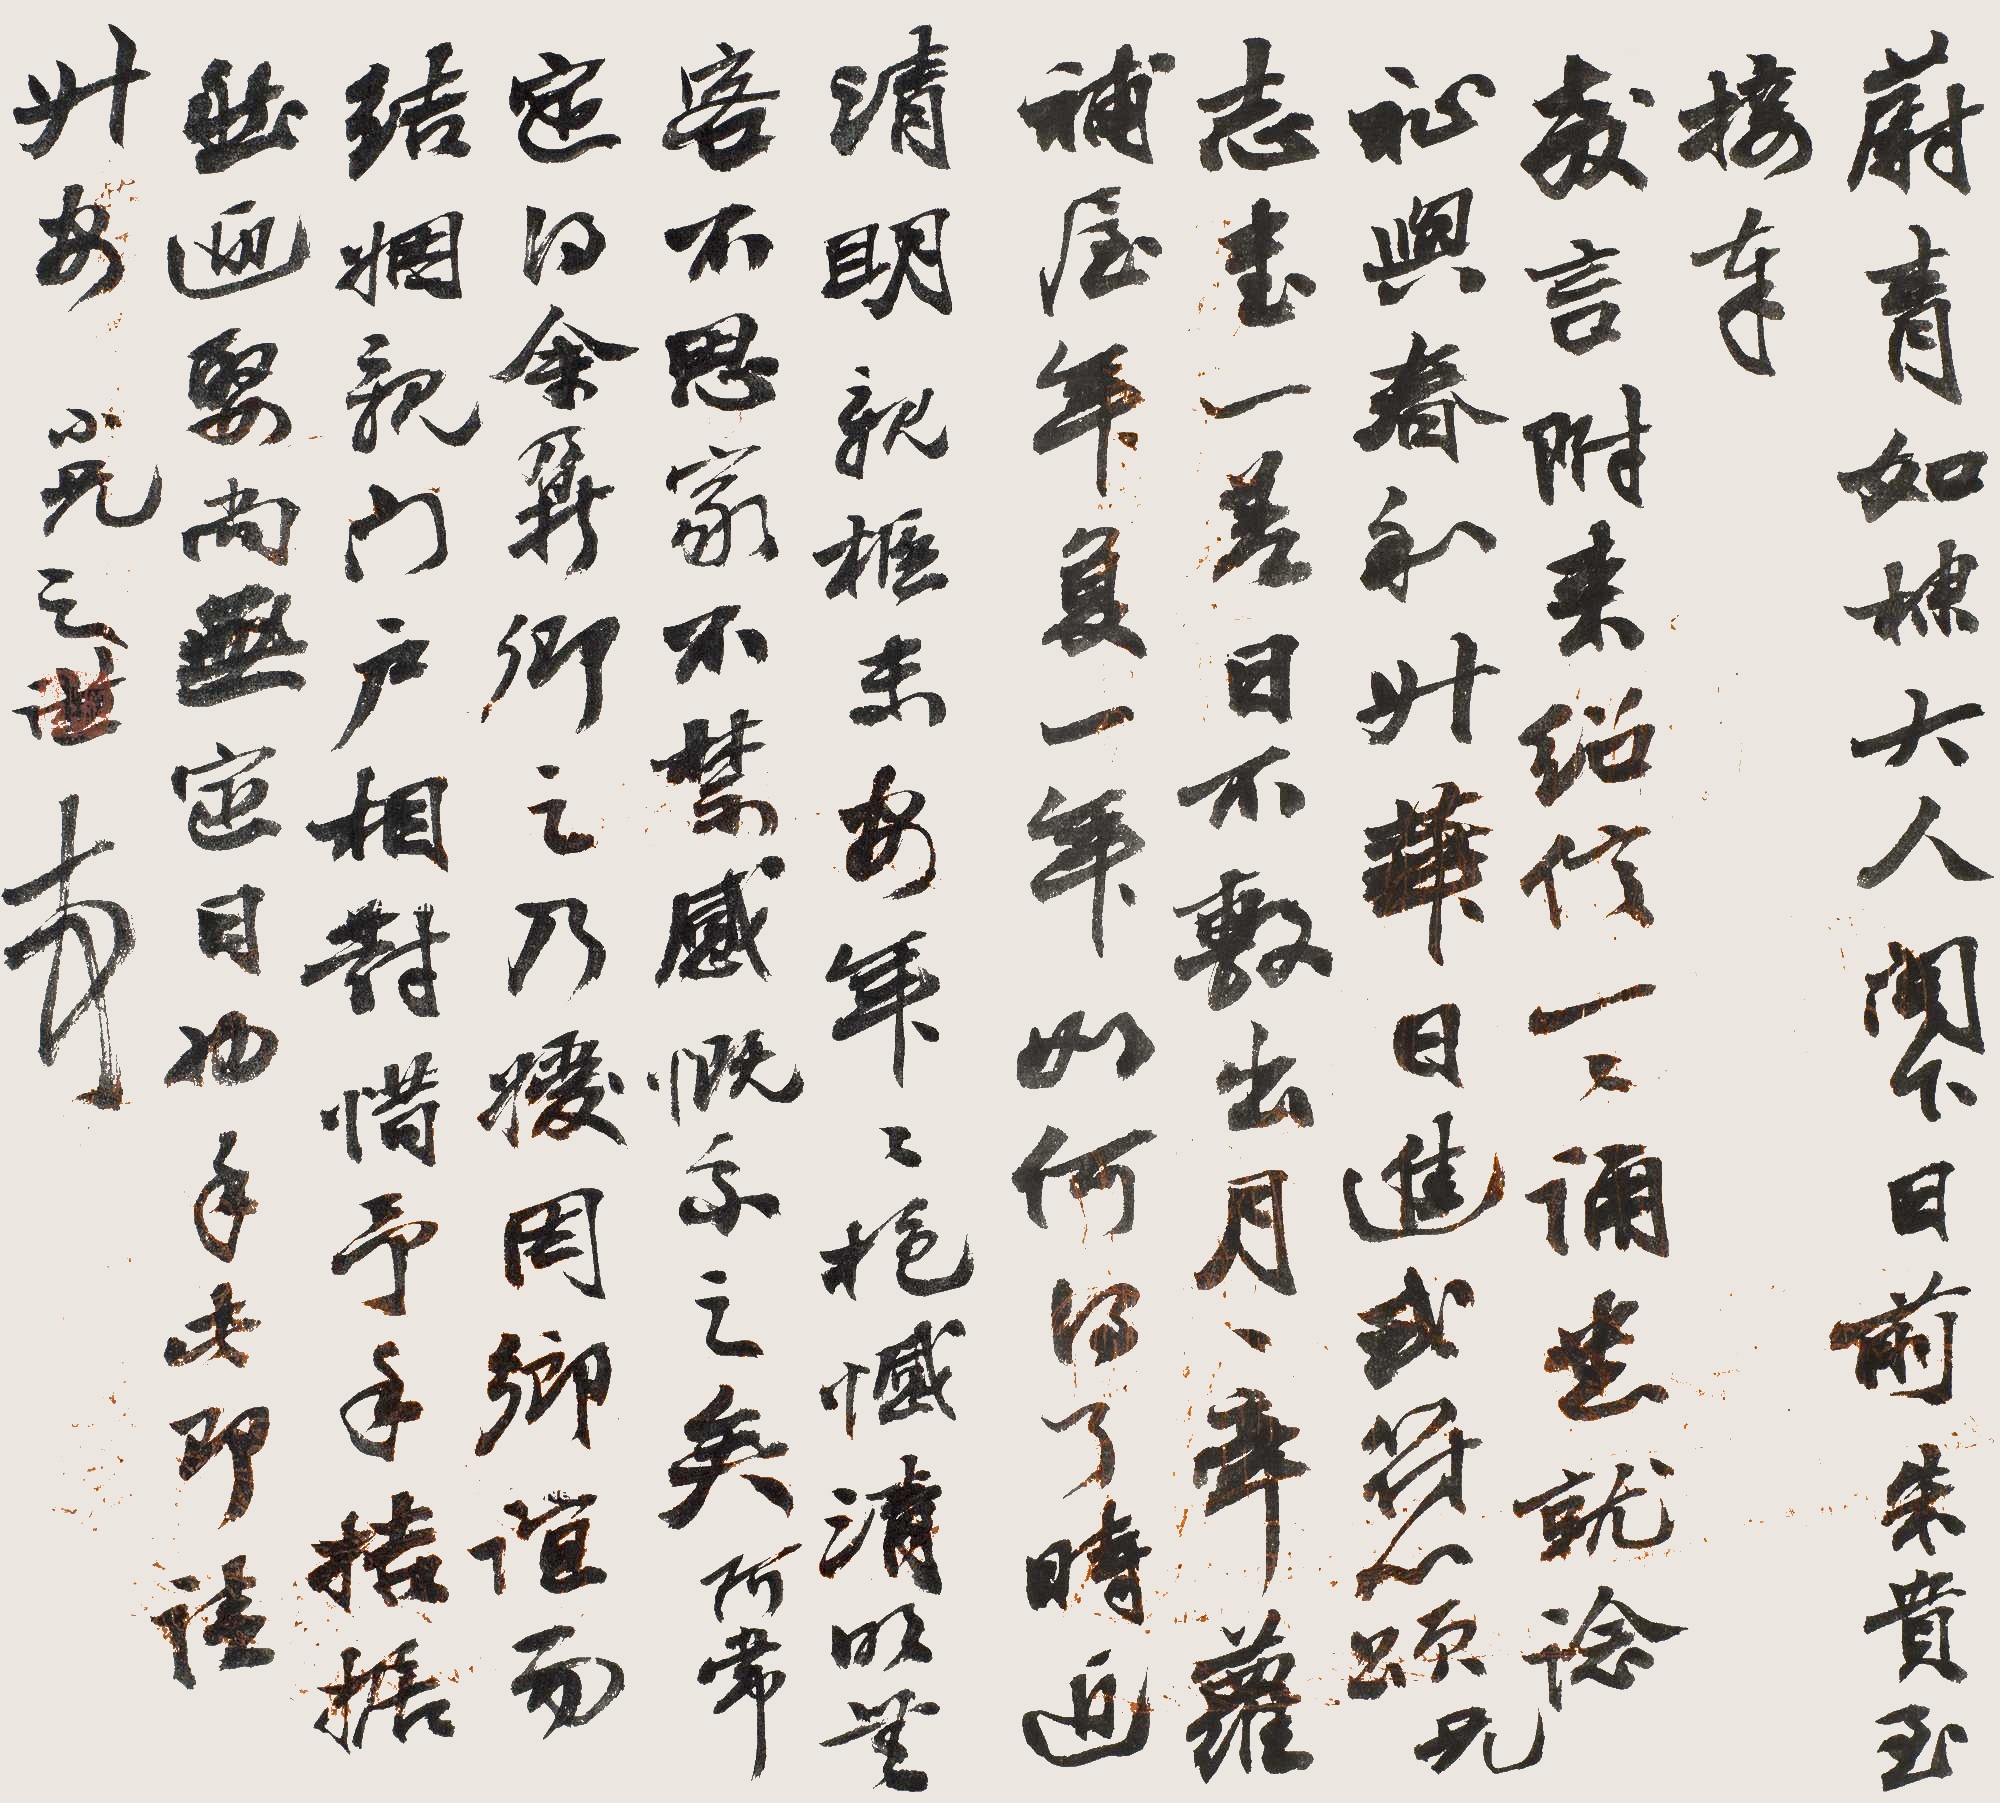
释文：蔚青如棣大人阁下，日前朱贵至，接奉教言，附来绍信，一一诵悉。就念祉与春和，升华日进□符心颂兄志书一差，日不敷出，月月牵萝补屋，年复一年如何得了？时近清明，亲柩未安，年年抱憾，清明无客不思家，不禁感慨系之矣。阿常定得余鼐卿之乃媛，因乡谊而结姻亲，门户相对，惜予手拮据，然迎娶尚无定日也，手此即请升安，小兄之谦顿首。